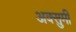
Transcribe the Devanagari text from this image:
अक्सुमी